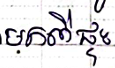
មកពីផ្ទះ